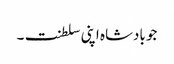
جو بادشاہ اپنی سلطنت۔